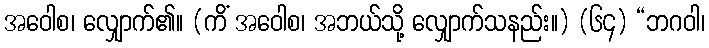
အဝေါစ၊ လျှောက်၏။ (ကိံ အဝေါစ၊ အဘယ်သို့ လျှောက်သနည်း။) (၆၄) “ဘဂဝါ၊